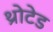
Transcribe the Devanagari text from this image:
थ्रोटेड